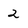
Character: 2